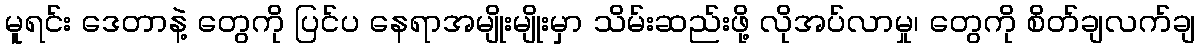
မူရင်း ဒေတာနဲ့ တွေကို ပြင်ပ နေရာအမျိုးမျိုးမှာ သိမ်းဆည်းဖို့ လိုအပ်လာမှု၊ တွေကို စိတ်ချလက်ချ